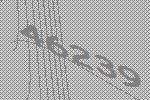
46239